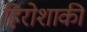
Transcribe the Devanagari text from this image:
हिरोशाकी